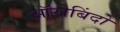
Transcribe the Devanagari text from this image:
ऑरोबिंदो